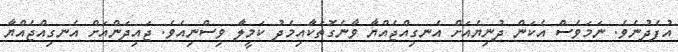
އުފެދުނެވެ. ނަމަވެސް އެކަން ދުނިޔެއަށް އެނގިއްޖެއްޔާ ވާނެގޮތަކާއިމެދު ކަމީލާ ވިސްނިއެވެ. ޖައިދަންއަށް އެނގިއްޖެއްޔާ